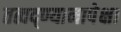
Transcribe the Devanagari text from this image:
तत्वद्ण्यानापेक्षा